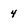
Character: 4